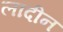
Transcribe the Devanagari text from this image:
लादीन